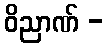
ဝိညာဏ် -